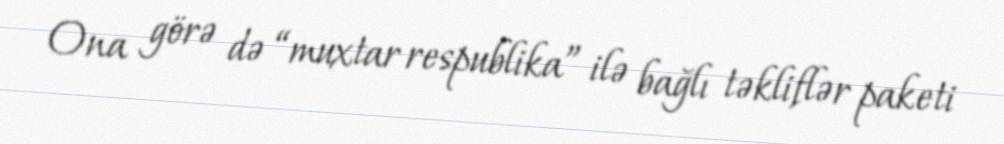
Ona görə də “muxtar respublika” ilə bağlı təkliflər paketi